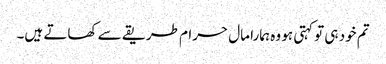
تم خود ہی تو کہتی ہو وہ ہمارا مال حرام طریقے سے کھاتے ہیں۔